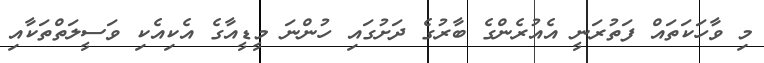
މި ވާހަކަތައް ފަތުރަނީ އެއުރެންގެ ބާރުގެ ދަށުގައި ހުންނަ މީޑީއާގެ އެކިއެކި ވަސީލަތްތަކާއި